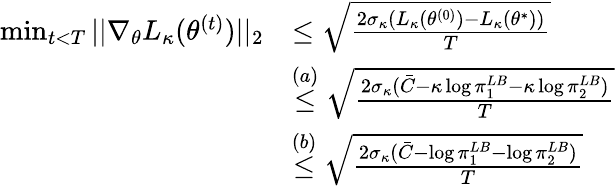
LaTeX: \begin{array}{rl}{\operatorname*{min}_{t<T}||\nabla_{\theta}L_{\kappa}(\theta^{(t)})||_{2}}&{\le\sqrt{\frac{2\sigma_{\kappa}(L_{\kappa}(\theta^{(0)})-L_{\kappa}(\theta^{*}))}{T}}}\\ &{\overset{(a)}{\le}\sqrt{\frac{2\sigma_{\kappa}(\bar{C}-\kappa\log\pi_{1}^{LB}-\kappa\log\pi_{2}^{LB})}{T}}}\\ &{\overset{(b)}{\le}\sqrt{\frac{2\sigma_{\kappa}(\bar{C}-\log\pi_{1}^{LB}-\log\pi_{2}^{LB})}{T}}}\end{array}